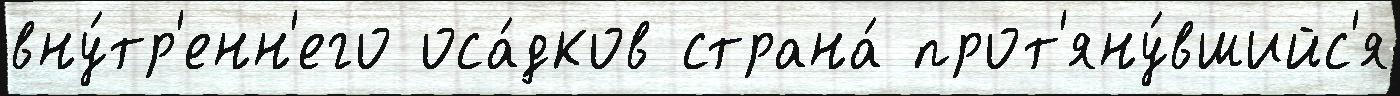
вну́тр'енн'его оса́дков страна́ прот'яну́вшийс'я